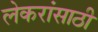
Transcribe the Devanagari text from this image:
लेकरांसाठी